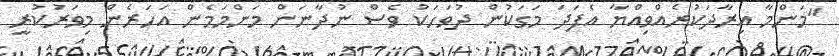
"މަންމާ އިރާދަކުރެއްވިއްޔާ އެފަދަ މަގަކުން ދުވަހަކު ވެސް ނުދާނަން މަންމަމެން އަހަރެން މިވަރުކުރީ